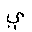
Letter: _ya